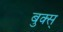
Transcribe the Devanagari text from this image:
बुक्स्